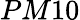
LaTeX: PM10